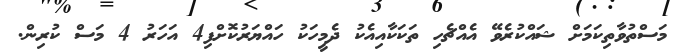
މަސްތުވާތިކަމަށް ޝައްކުރެވޭ އެއްޗެހި ތަކަކާއިއެކު ދެމީހަކު ހައްޔަރުކޮށްފި4 އަހަރު 4 މަސް ކުރިން.